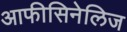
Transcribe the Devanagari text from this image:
आफीसिनेलिज